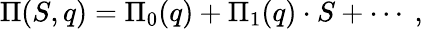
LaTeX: \Pi(S,q)=\Pi_{0}(q)+\Pi_{1}(q)\cdot S+\cdots\ ,